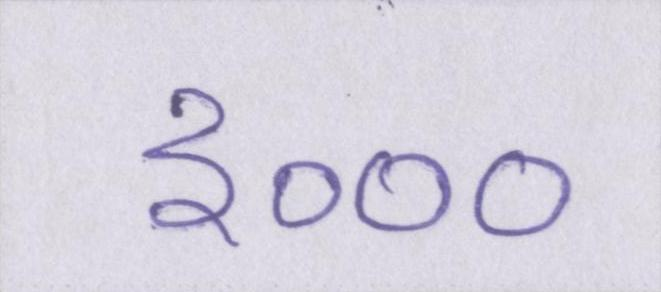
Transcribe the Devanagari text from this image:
३०००